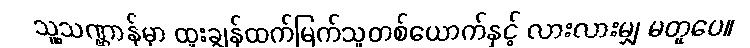
သူ့သဏ္ဌာန်မှာ ထူးချွန်ထက်မြက်သူတစ်ယောက်နှင့် လားလားမျှ မတူပေ။